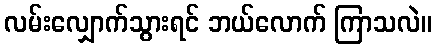
လမ်းလျှောက်သွားရင် ဘယ်လောက် ကြာသလဲ။